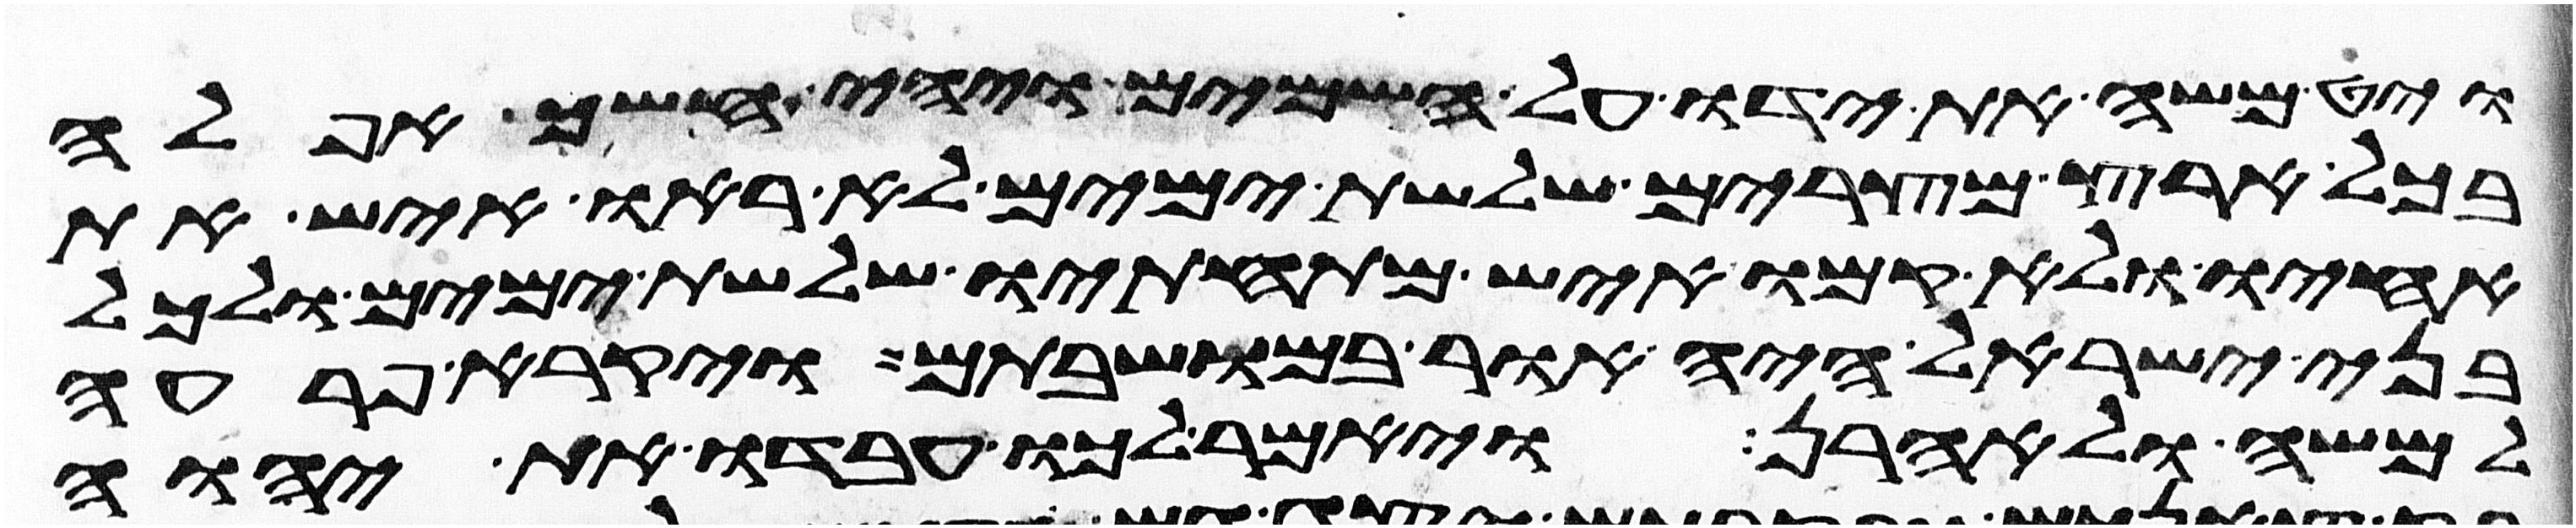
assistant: ויט משה את ידו על השמים ויהי חשך אפלה
בכל ארץ מצרים שלשת ימים לא ראו איש את
אחיו ולא קמו איש מתחתיו שלשת ימים ולכל
בני ישראל היה אור במושבתם ויקרא פרעה
למשה ולאהרן ויאמר לכו עבדו את יהוה